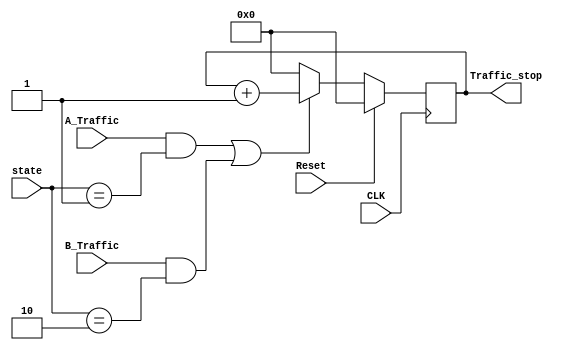

module TrafficStop(CLK, Reset, A_Traffic, B_Traffic, state, Traffic_stop );

input A_Traffic, B_Traffic, CLK, Reset;
input [2:0] state;
parameter init_state = 0, A_state = 1, B_state = 2, A_is_green = 3, B_is_green = 4, Blink_state=5;
output reg [9:0] Traffic_stop;

always@(posedge CLK)
begin
if(Reset==1)
	Traffic_stop <= 0;
else
begin

	if((A_Traffic == 1 && state == A_state )|| (B_Traffic == 1 && state == B_state)) /// detecting high traffic on 
		Traffic_stop <= Traffic_stop + 1;
	else
		Traffic_stop <= 0;
end
end


endmodule